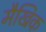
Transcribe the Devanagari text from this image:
मैखिक